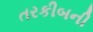
તરકીબની